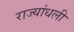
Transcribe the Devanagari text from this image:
राज्यांधली